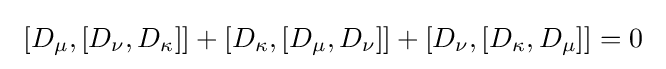
\ \left[D_{\mu },\left[D_{\nu },D_{\kappa }\right]\right]+\left[D_{\kappa },\left[D_{\mu },D_{\nu }\right]\right]+\left[D_{\nu },\left[D_{\kappa },D_{\mu }\right]\right]=0\